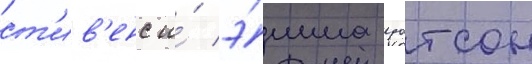
ст'ив'енс и́ э́мма уотсон